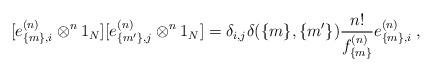
LaTeX: \begin{align*}[e^{(n)}_{\{m\},i}\otimes^n 1_N][e^{(n)}_{\{m'\},j}\otimes^n 1_N] =\delta_{i,j}\delta(\{m\},\{m'\})\frac{n!}{f^{(n)}_{\{m\}}} e^{(n)}_{\{m\},i}\;,\end{align*}